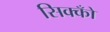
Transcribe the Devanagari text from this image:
सिक्कोँ